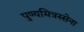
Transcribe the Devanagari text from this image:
पुण्यमित्रस्सेना